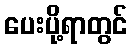
ပေးပို့ရာတွင်